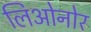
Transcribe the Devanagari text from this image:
लिओनोर